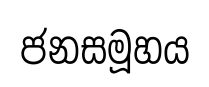
ජනසමූහය